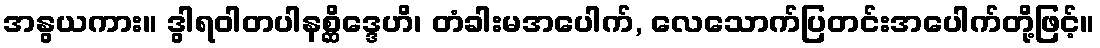
အနွယကား။ ဒွါရဝါတပါနစ္ဆိဒ္ဒေဟိ၊ တံခါးမအပေါက်, လေသောက်ပြတင်းအပေါက်တို့ဖြင့်။